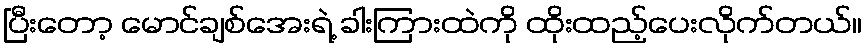
ပြီးတော့ မောင်ချစ်အေးရဲ့ ခါးကြားထဲကို ထိုးထည့်ပေးလိုက်တယ်။